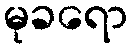
မုခရော